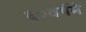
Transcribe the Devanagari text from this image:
६०वर्षमे